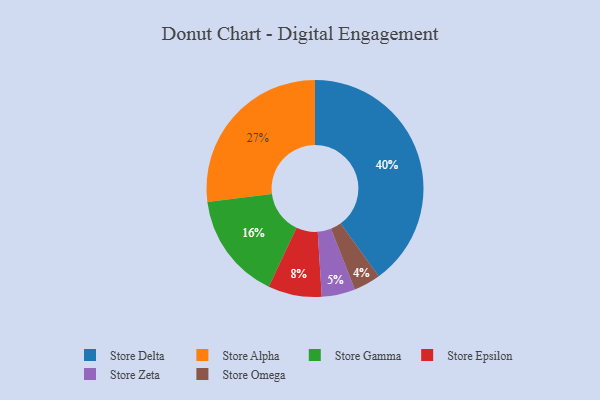
{"axis": {"x": "Category", "y": "Percentage"}, "legend": ["Store Alpha", "Store Delta", "Store Epsilon", "Store Gamma", "Store Omega", "Store Zeta"], "data": [{"x": "Store Omega", "y": 4, "type": "Store Omega"}, {"x": "Store Gamma", "y": 16, "type": "Store Gamma"}, {"x": "Store Alpha", "y": 27, "type": "Store Alpha"}, {"x": "Store Delta", "y": 40, "type": "Store Delta"}, {"x": "Store Zeta", "y": 5, "type": "Store Zeta"}, {"x": "Store Epsilon", "y": 8, "type": "Store Epsilon"}]}